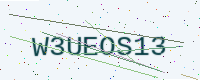
Text: W3UEOS13